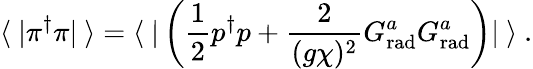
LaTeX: \langle\ |\pi^{\dagger}\pi|\ \rangle=\langle\ |\left(\frac{1}{2}p^{\dagger}p+\frac{2}{(g\chi)^{2}}G_{\mathrm{rad}}^{a}G_{\mathrm{rad}}^{a}\right)|\ \rangle\ .